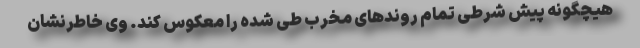
هیچگونه پیش شرطی تمام روندهای مخرب طی شده را معکوس کند. وی خاطرنشان